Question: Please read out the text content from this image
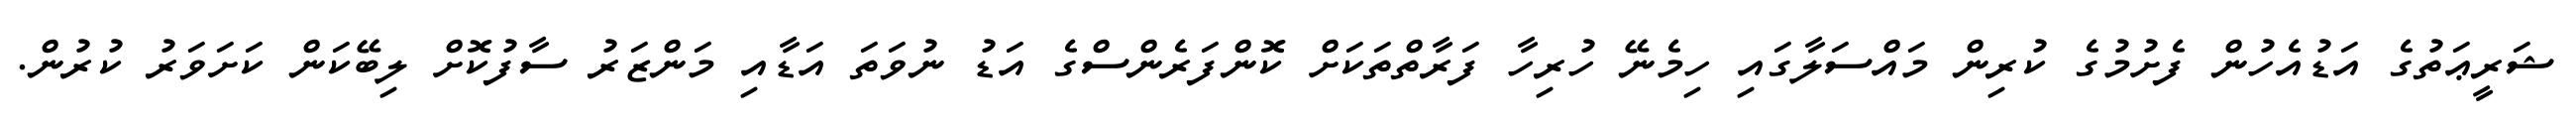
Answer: ޝަރީޢަތުގެ އަޑުއެހުން ފެށުމުގެ ކުރިން މައްސަލާގައި ހިމެނޭ ހުރިހާ ފަރާތްތަކަށް ކޮންފަރެންސްގެ އަޑު ނުވަތަ އަޑާއި މަންޒަރު ސާފުކޮށް ލިބޭކަން ކަށަވަރު ކުރުން.